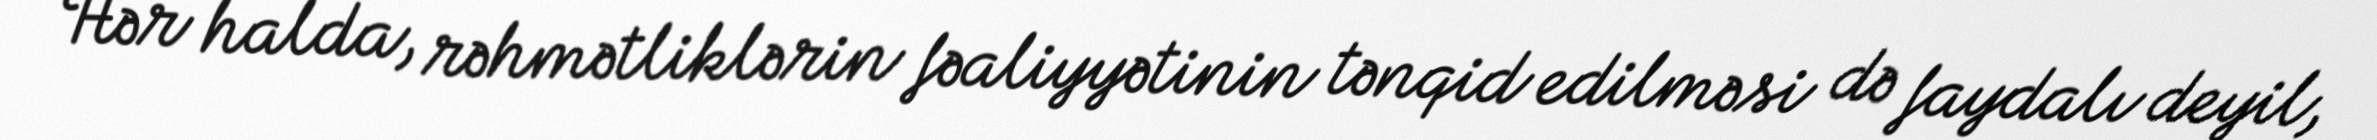
Hər halda, rəhmətliklərin fəaliyyətinin tənqid edilməsi də faydalı deyil,